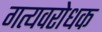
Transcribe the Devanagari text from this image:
गत्यवरोधक